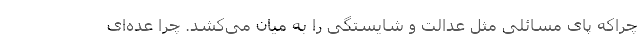
چراکه پای مسائلی مثل عدالت و شایستگی را به میان می‌کشد. چرا عده‌ای